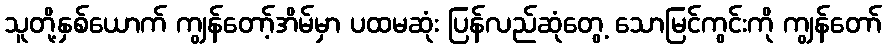
သူတို့နှစ်ယောက် ကျွန်တော့်အိမ်မှာ ပထမဆုံး ပြန်လည်ဆုံတွေ့ သောမြင်ကွင်းကို ကျွန်တော်